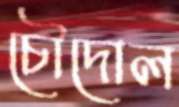
চৌদোল